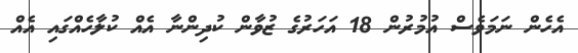
އެހެން ނަމަވެސް އުމުރުން 18 އަހަރުގެ ޒުވާން ކުދިންނާ އެއް ކުލާހެއްގައި އެއް